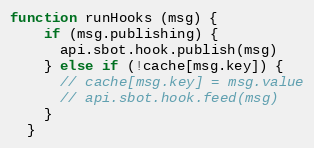
Language: JavaScript
function runHooks (msg) {
    if (msg.publishing) {
      api.sbot.hook.publish(msg)
    } else if (!cache[msg.key]) {
      // cache[msg.key] = msg.value
      // api.sbot.hook.feed(msg)
    }
  }